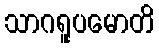
သာဂရူပမောတိ